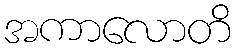
အကာလောတိ